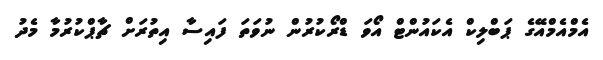
އެމްއެމްއޭގެ ޕަބްލިކް އެކައުންޓް އޯވަ ޑްރޯކުރުން ނުވަތަ ފައިސާ އިތުރަށް ޗާޕްކުރުމާ މެދު